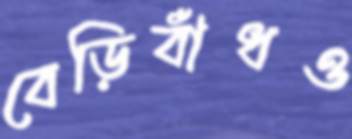
বেড়িবাঁধও